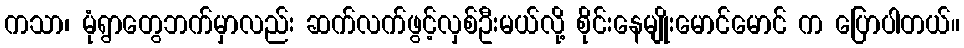
ကသာ၊ မုံရွာတွေဘက်မှာလည်း ဆက်လက်ဖွင့်လှစ်ဦးမယ်လို့ စိုင်းနေမျိုးမောင်မောင် က ပြောပါတယ်။